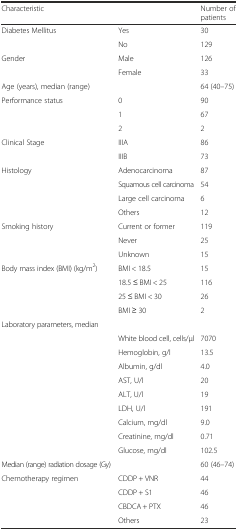
<table><thead><tr><td><b>Characteristic</b></td><td></td><td><b>Number of patients</b></td></tr></thead><tbody><tr><td>Diabetes Mellitus</td><td>Yes</td><td>30</td></tr><tr><td></td><td>No</td><td>129</td></tr><tr><td>Gender</td><td>Male</td><td>126</td></tr><tr><td></td><td>Female</td><td>33</td></tr><tr><td>Age (years), median (range)</td><td></td><td>64 (40–75)</td></tr><tr><td>Performance status</td><td>0</td><td>90</td></tr><tr><td></td><td>1</td><td>67</td></tr><tr><td></td><td>2</td><td>2</td></tr><tr><td>Clinical Stage</td><td>IIIA</td><td>86</td></tr><tr><td></td><td>IIIB</td><td>73</td></tr><tr><td>Histology</td><td>Adenocarcinoma</td><td>87</td></tr><tr><td></td><td>Squamous cell carcinoma</td><td>54</td></tr><tr><td></td><td>Large cell carcinoma</td><td>6</td></tr><tr><td></td><td>Others</td><td>12</td></tr><tr><td>Smoking history</td><td>Current or former</td><td>119</td></tr><tr><td></td><td>Never</td><td>25</td></tr><tr><td></td><td>Unknown</td><td>15</td></tr><tr><td>Body mass index (BMI) (kg/m<sup>2</sup>)</td><td>BMI &lt; 18.5</td><td>15</td></tr><tr><td></td><td>18.5 ≤ BMI &lt; 25</td><td>116</td></tr><tr><td></td><td>25 ≤ BMI &lt; 30</td><td>26</td></tr><tr><td></td><td>BMI ≥ 30</td><td>2</td></tr><tr><td>Laboratory parameters, median</td><td></td><td></td></tr><tr><td></td><td>White blood cell, cells/μl</td><td>7070</td></tr><tr><td></td><td>Hemoglobin, g/l</td><td>13.5</td></tr><tr><td></td><td>Albumin, g/dl</td><td>4.0</td></tr><tr><td></td><td>AST, U/l</td><td>20</td></tr><tr><td></td><td>ALT, U/l</td><td>19</td></tr><tr><td></td><td>LDH, U/l</td><td>191</td></tr><tr><td></td><td>Calcium, mg/dl</td><td>9.0</td></tr><tr><td></td><td>Creatinine, mg/dl</td><td>0.71</td></tr><tr><td></td><td>Glucose, mg/dl</td><td>102.5</td></tr><tr><td>Median (range) radiation dosage (Gy)</td><td></td><td>60 (46–74)</td></tr><tr><td>Chemotherapy regimen</td><td>CDDP + VNR</td><td>44</td></tr><tr><td></td><td>CDDP + S1</td><td>46</td></tr><tr><td></td><td>CBDCA + PTX</td><td>46</td></tr><tr><td></td><td>Others</td><td>23</td></tr></tbody></table>